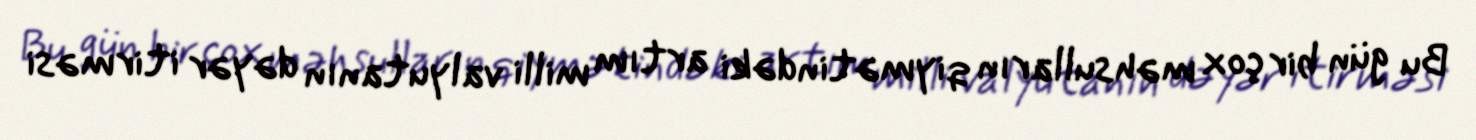
Bu gün bir çox məhsulların qiymətindəki artım milli valyutanın dəyər itirməsi